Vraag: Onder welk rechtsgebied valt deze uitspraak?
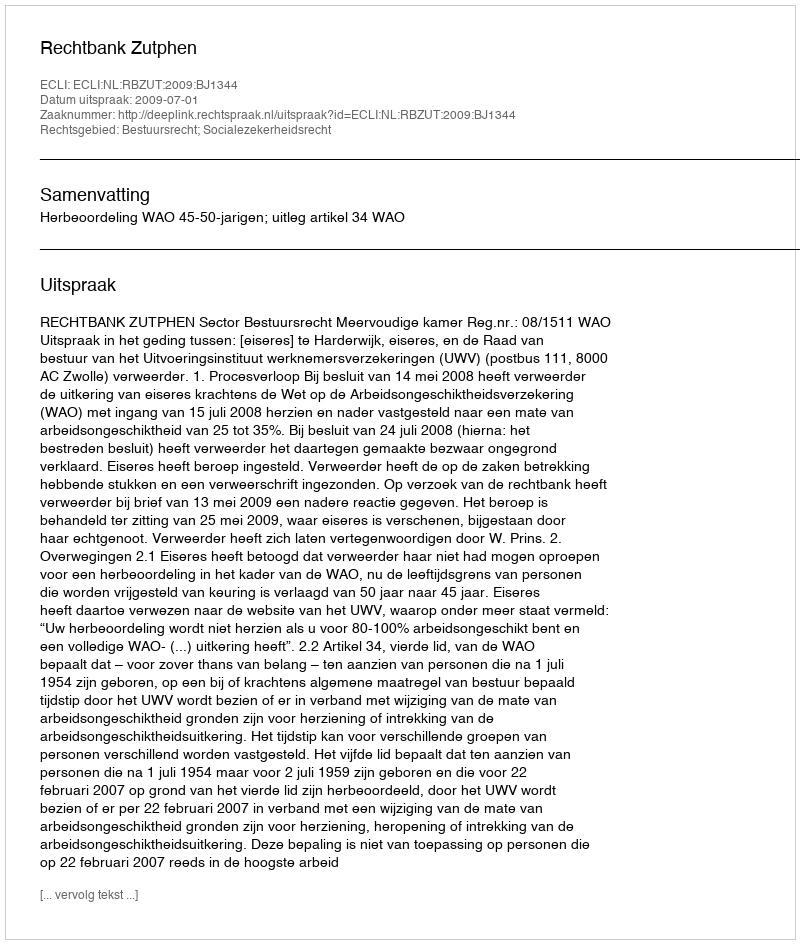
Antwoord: Bestuursrecht; Socialezekerheidsrecht